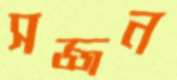
সজ্জন